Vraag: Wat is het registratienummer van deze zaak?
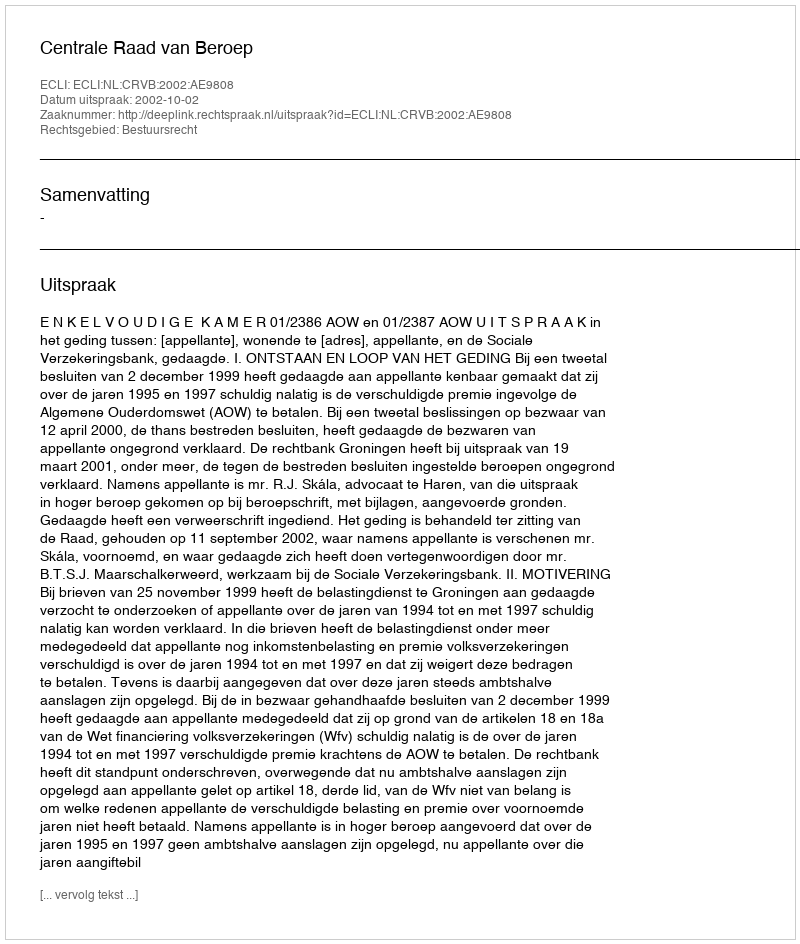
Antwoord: http://deeplink.rechtspraak.nl/uitspraak?id=ECLI:NL:CRVB:2002:AE9808